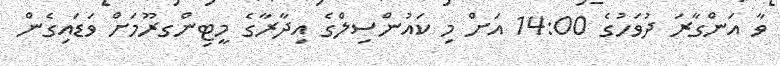
ވާ އަންގާރަ ދުވަހުގެ 14:00 އަށް މި ކައުންސިލްގެ އިދާރާގެ މީޓިންގރޫމަށް ވަޑައިގެން